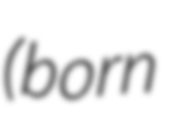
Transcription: (born